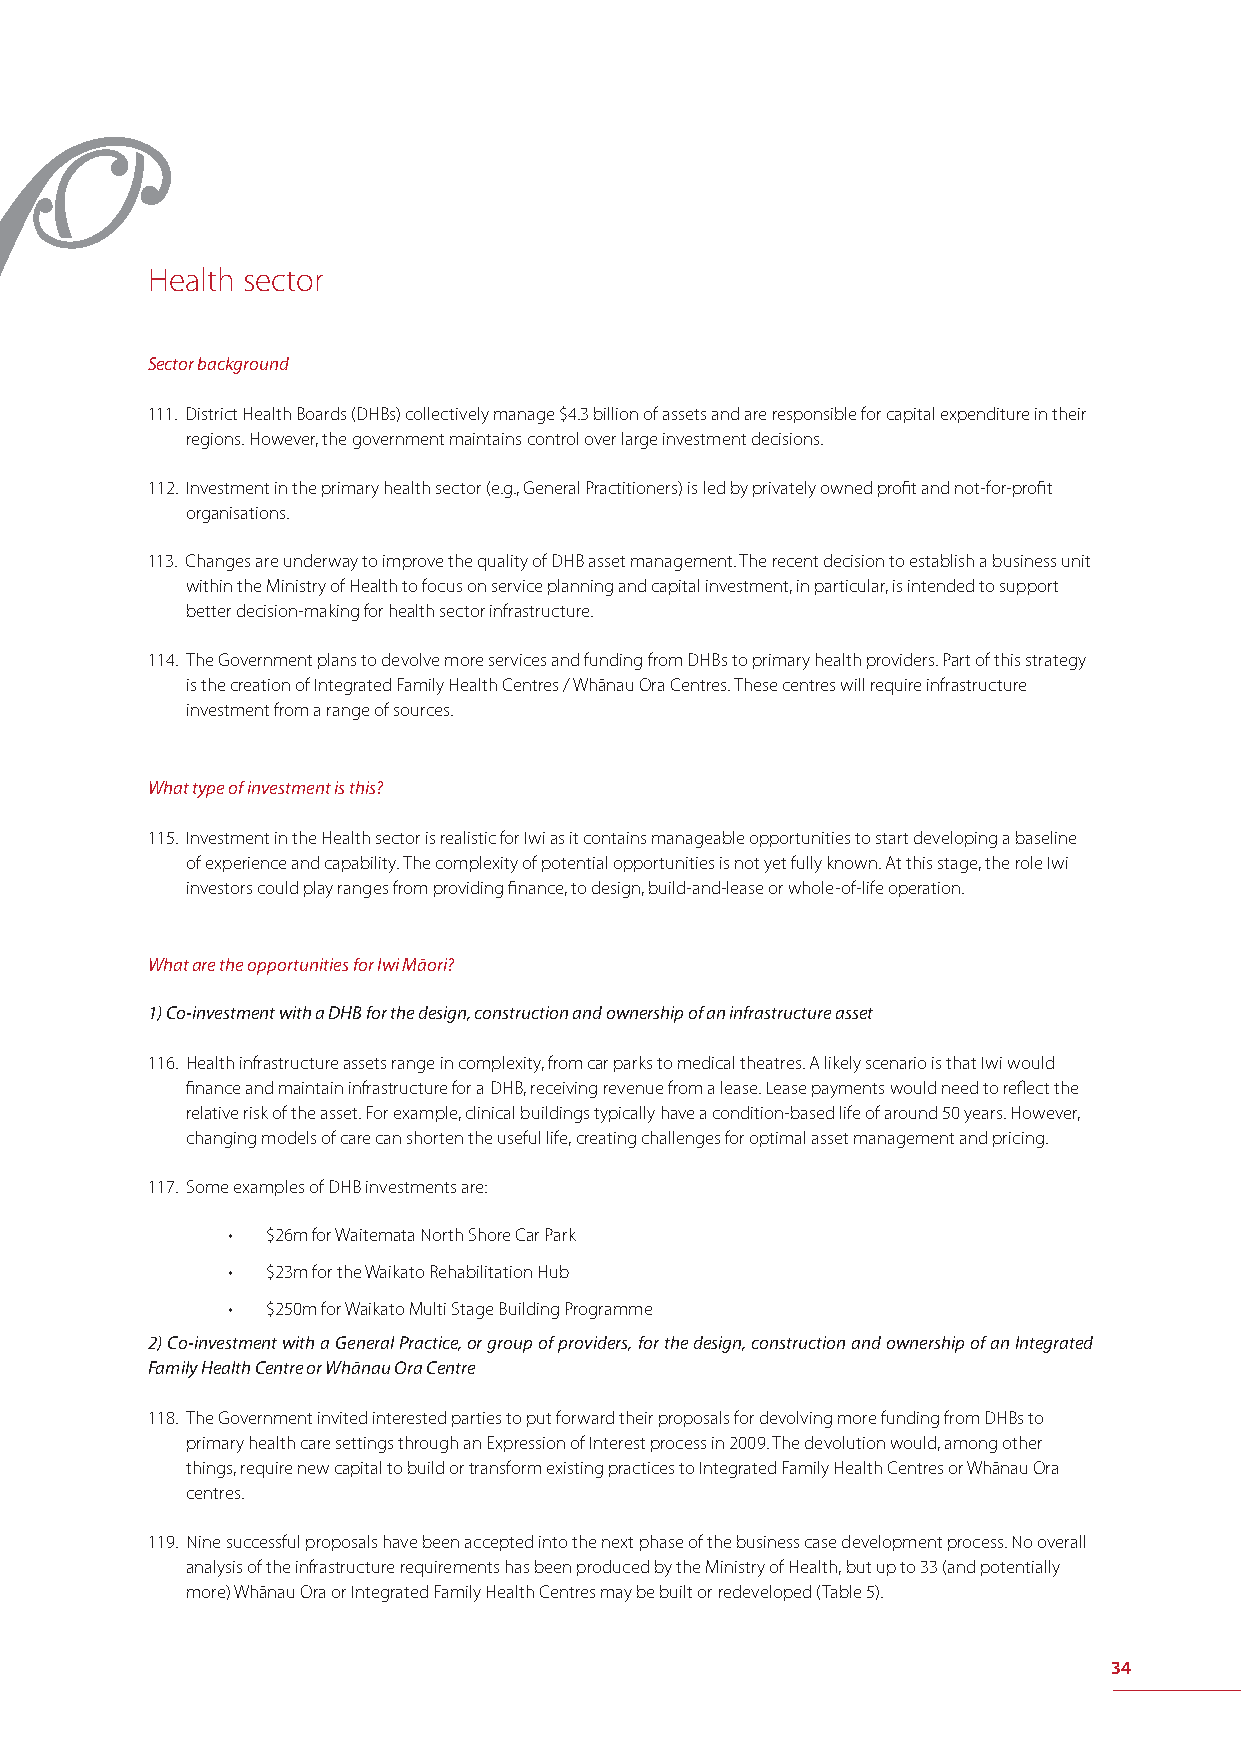
Health sector
 Sector background
 111. District Health Boards (DHBs) collectively manage $4.3 billion of assets and are responsible for capital expenditure in their
 regions. However, the government maintains control over large investment decisions.
 112. Investment in the primary health sector (e.g., General Practitioners) is led by privately owned profi t and not-for-profi t
 organisations.
 113. Changes are underway to improve the quality of DHB asset management. The recent decision to establish a business unit
 within the Ministry of Health to focus on service planning and capital investment, in particular, is intended to support
 better decision-making for health sector infrastructure.
 114. The Government plans to devolve more services and funding from DHBs to primary health providers. Part of this strategy
 is the creation of Integrated Family Health Centres / Whānau Ora Centres. These centres will require infrastructure
 investment from a range of sources.
 What type of investment is this?
 115. Investment in the Health sector is realistic for Iwi as it contains manageable opportunities to start developing a baseline
 of experience and capability. The complexity of potential opportunities is not yet fully known. At this stage, the role Iwi
 investors could play ranges from providing fi nance, to design, build-and-lease or whole-of-life operation.
 What are the opportunities for Iwi Māori?
 1) Co-investment with a DHB for the design, construction and ownership of an infrastructure asset
 116. Health infrastructure assets range in complexity, from car parks to medical theatres. A likely scenario is that Iwi would
 fi nance and maintain infrastructure for a DHB, receiving revenue from a lease. Lease payments would need to refl ect the
 relative risk of the asset. For example, clinical buildings typically have a condition-based life of around 50 years. However,
 changing models of care can shorten the useful life, creating challenges for optimal asset management and pricing.
 117. Some examples of DHB investments are:
 •  $26m for Waitemata North Shore Car Park
 •  $23m for the Waikato Rehabilitation Hub
 •  $250m for Waikato Multi Stage Building Programme
 2) Co-investment with a General Practice, or group of providers, for the design, construction and ownership of an Integrated
 Family Health Centre or Whānau Ora Centre
 118. The Government invited interested parties to put forward their proposals for devolving more funding from DHBs to
 primary health care settings through an Expression of Interest process in 2009. The devolution would, among other
 things, require new capital to build or transform existing practices to Integrated Family Health Centres or Whānau Ora
 centres.
 119. Nine successful proposals have been accepted into the next phase of the business case development process. No overall
 analysis of the infrastructure requirements has been produced by the Ministry of Health, but up to 33 (and potentially
 more) Whānau Ora or Integrated Family Health Centres may be built or redeveloped (Table 5).
 34